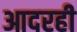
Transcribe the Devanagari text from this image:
आदरही